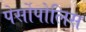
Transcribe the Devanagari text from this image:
पेर्सोपोलिस